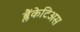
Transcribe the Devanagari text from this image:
ब्लैंकेटिअस